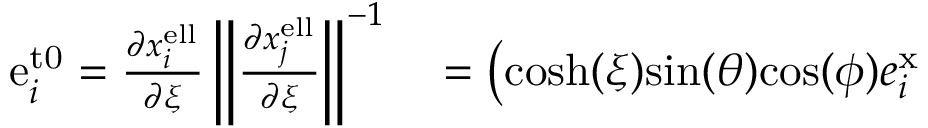
\begin{array} { r l } { \mathrm { e } _ { i } ^ { \mathrm { t 0 } } = \frac { \partial x _ { i } ^ { \mathrm { e l l } } } { \partial \xi } \left\| \frac { \partial x _ { j } ^ { \mathrm { e l l } } } { \partial \xi } \right\| ^ { - 1 } } & { { } = \left( \mathrm { c o s h } ( \xi ) \mathrm { s i n } ( \theta ) \mathrm { c o s } ( \phi ) e _ { i } ^ { \mathrm { x } } \right. } \end{array}